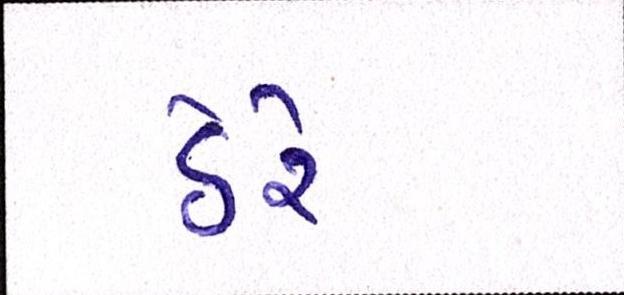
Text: ઠેરે